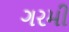
ગરમી